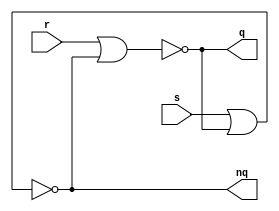
// Typical asynchronous Reset-Set FF based on two looped nor elements.

module rsff (r, s, q, nq);

	input r; 		// 1: Reset value (0)
	input s;		// 1: Set value (1)
	output q; 		// Current value
	output nq;		// Current value (complement)

`ifdef ICARUS

	reg val;

	always @(r or s) begin
		if (r)
			val <= 1'b0;
		else if (s)
			val <= 1'b1;
	end

	assign q = val;
	assign nq = ~val;

	initial val <= 1'b0;

`else

	wire nor1_out;
	wire nor2_out;
	
	nor (nor1_out, r, nor2_out);
	nor (nor2_out, s, nor1_out);  

	assign q = nor1_out;
	assign nq = nor2_out;

`endif

endmodule // rsff